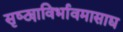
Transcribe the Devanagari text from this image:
सृष्ट्याविर्भावमासाद्य